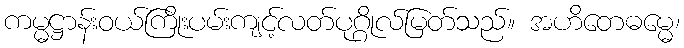
ကမ္မဋ္ဌာန်းဝယ်ကြိုးပမ်းကျင့်လတ်ပုဂ္ဂိုလ်မြတ်သည်။ အဟိတေဓမ္မေ၊